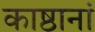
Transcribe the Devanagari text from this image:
काष्ठानां